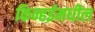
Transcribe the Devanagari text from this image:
किन्हईमधील